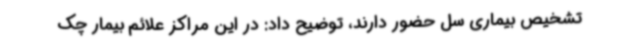
تشخیص بیماری سل حضور دارند، توضیح داد: در این مراکز علائم بیمار چک